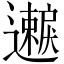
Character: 𫑐